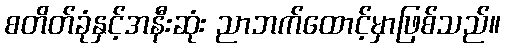
စတိတ်ခုံနှင့်အနီးဆုံး ညာဘက်ထောင့်မှာဖြစ်သည်။